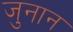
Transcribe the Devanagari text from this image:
जुनान